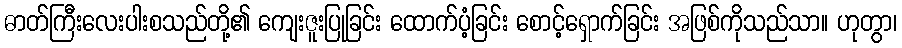
ဓာတ်ကြီးလေးပါးစသည်တို့၏ ကျေးဇူးပြုခြင်း ထောက်ပံ့ခြင်း စောင့်ရှောက်ခြင်း အဖြစ်ကိုသည်သာ။ ဟုတွာ၊